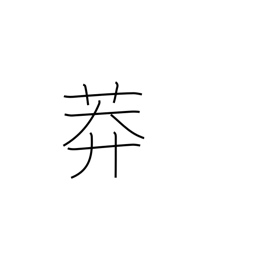
Meaning: grassy field